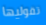
تقوليها